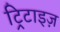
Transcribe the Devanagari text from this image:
ट्रिटाइज़